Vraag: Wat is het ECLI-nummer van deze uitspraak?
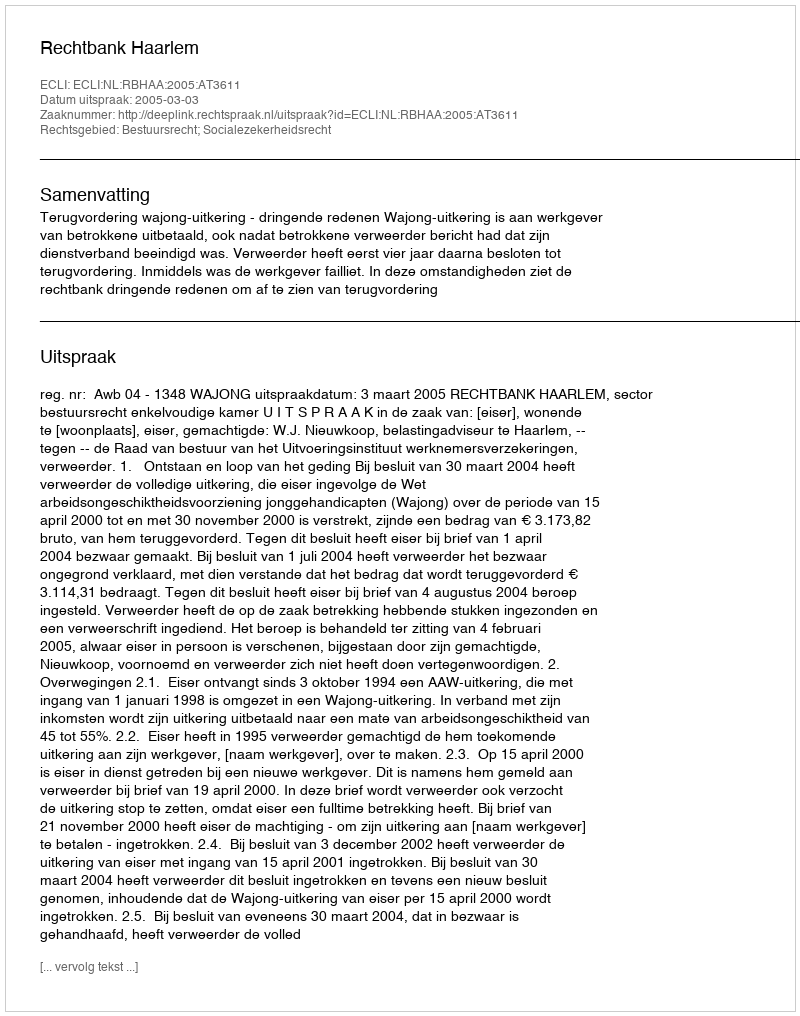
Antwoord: ECLI:NL:RBHAA:2005:AT3611